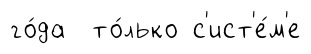
го́да то́лько с'ист'е́м'е